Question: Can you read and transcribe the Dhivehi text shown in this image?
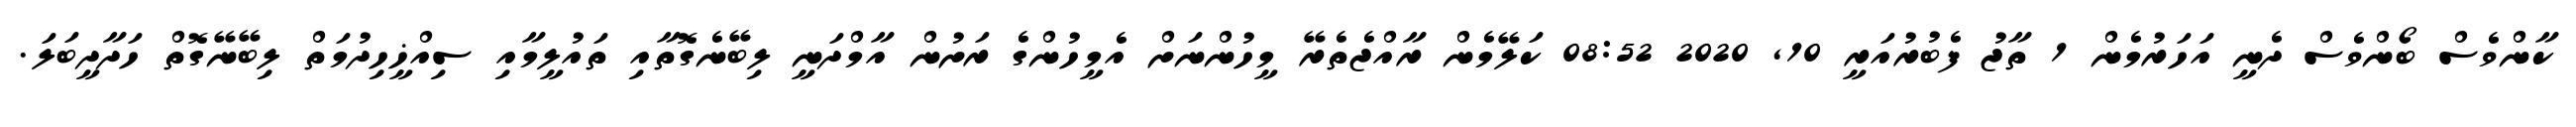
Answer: ކާންވެސް ބޯންވެސް ދެނީ އަހަރުމެން 1 ތާޖު ފެބުރުއަރީ 10, 2020 08:52 ކަލޭމެން ރާއްޖެތެރޭ މީހުންނަށް އެމީހުންގެ ރަށުން އާމްދަނީ ލިބޭނެގޮތާއި ތައުލީމާއި ސިއްޚީހިދުމަތް ލިބޭނޭގޮތް ހަދާދީބަލަ.